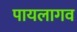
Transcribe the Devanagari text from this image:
पायलागव